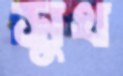
সুখ